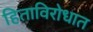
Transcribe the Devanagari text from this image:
हिताविरोधात